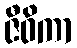
ဇီဝိကာ